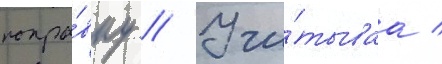
попра́вку // Учи́тываа /